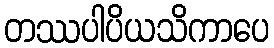
တဿပါပိယသိကာပေ